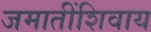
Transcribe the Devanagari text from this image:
जमातींशिवाय